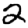
Digit: 2